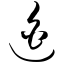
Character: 迫